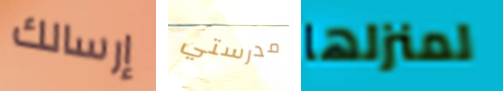
إرسالك مدرستي لمنزلها